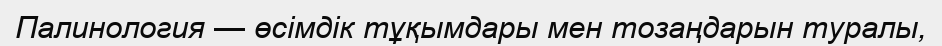
Палинология — өсімдік тұқымдары мен тозаңдарын туралы,